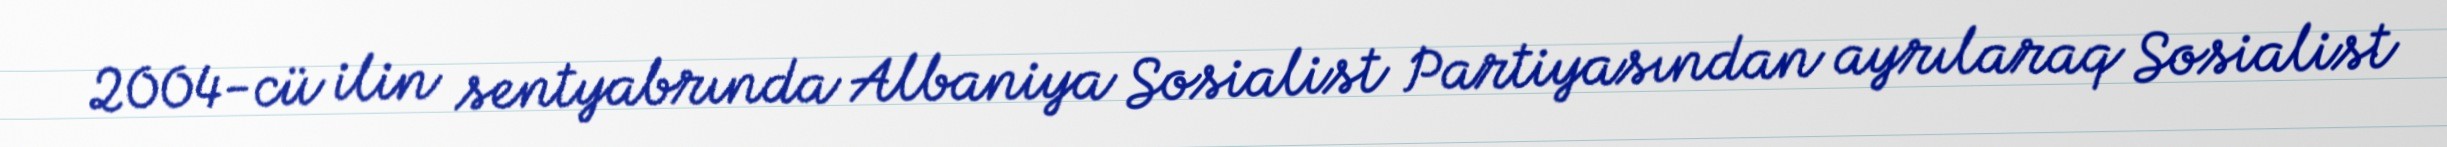
2004-cü ilin sentyabrında Albaniya Sosialist Partiyasından ayrılaraq Sosialist